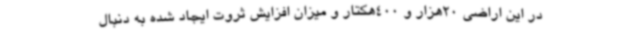
در این اراضی 20هزار و 400هکتار و میزان افزایش ثروت ایجاد شده به دنبال